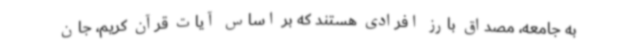
به جامعه، مصداق بارز افرادی هستند که بر اساس آیات قرآن کریم، جان